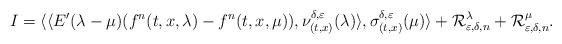
LaTeX: \begin{align*}I=\langle\langle E'(\lambda- \mu)(f^n(t,x,\lambda)-f^n(t,x,\mu)), \nu^{\delta,\varepsilon}_{(t,x)}(\lambda)\rangle, \sigma^{\delta,\varepsilon}_{(t,x)}(\mu)\rangle +{\cal R}_{\varepsilon,\delta,n}^\lambda+{\cal R}_{\varepsilon,\delta,n}^\mu. \end{align*}